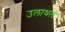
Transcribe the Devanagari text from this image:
उलाथलं